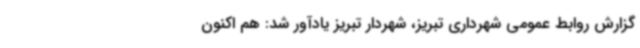
گزارش روابط عمومی شهرداری تبریز، شهردار تبریز یادآور شد: هم اکنون